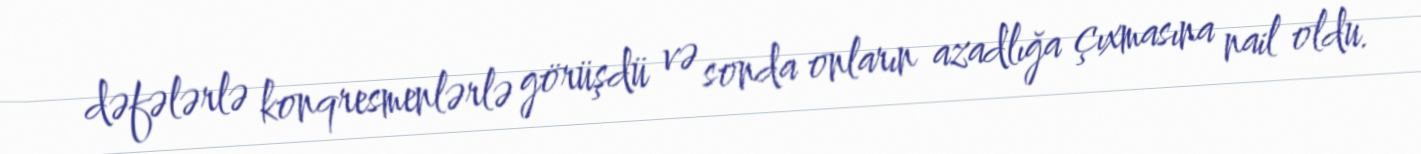
dəfələrlə konqresmenlərlə görüşdü və sonda onların azadlığa çıxmasına nail oldu.